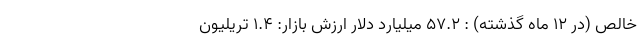
خالص (در ۱۲ ماه گذشته) : ۵۷.۲ میلیارد دلار ارزش بازار: ۱.۴ تریلیون